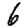
Digit: 6